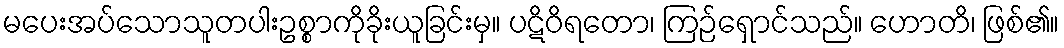
မပေးအပ်သောသူတပါးဥစ္စာကိုခိုးယူခြင်းမှ။ ပဋိဝိရတော၊ ကြဉ်ရှောင်သည်။ ဟောတိ၊ ဖြစ်၏။